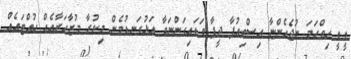
ޑީޑީ ހިތްހަމަ ނުޖެހެންޏާ އިސްތިޢުފާ ދީފާ ވަޑައިގަންނަވާ އަޅުގަނޑުމެން މިކުރާ މުޒާހަރާއެއް ހުއްޓައެއް